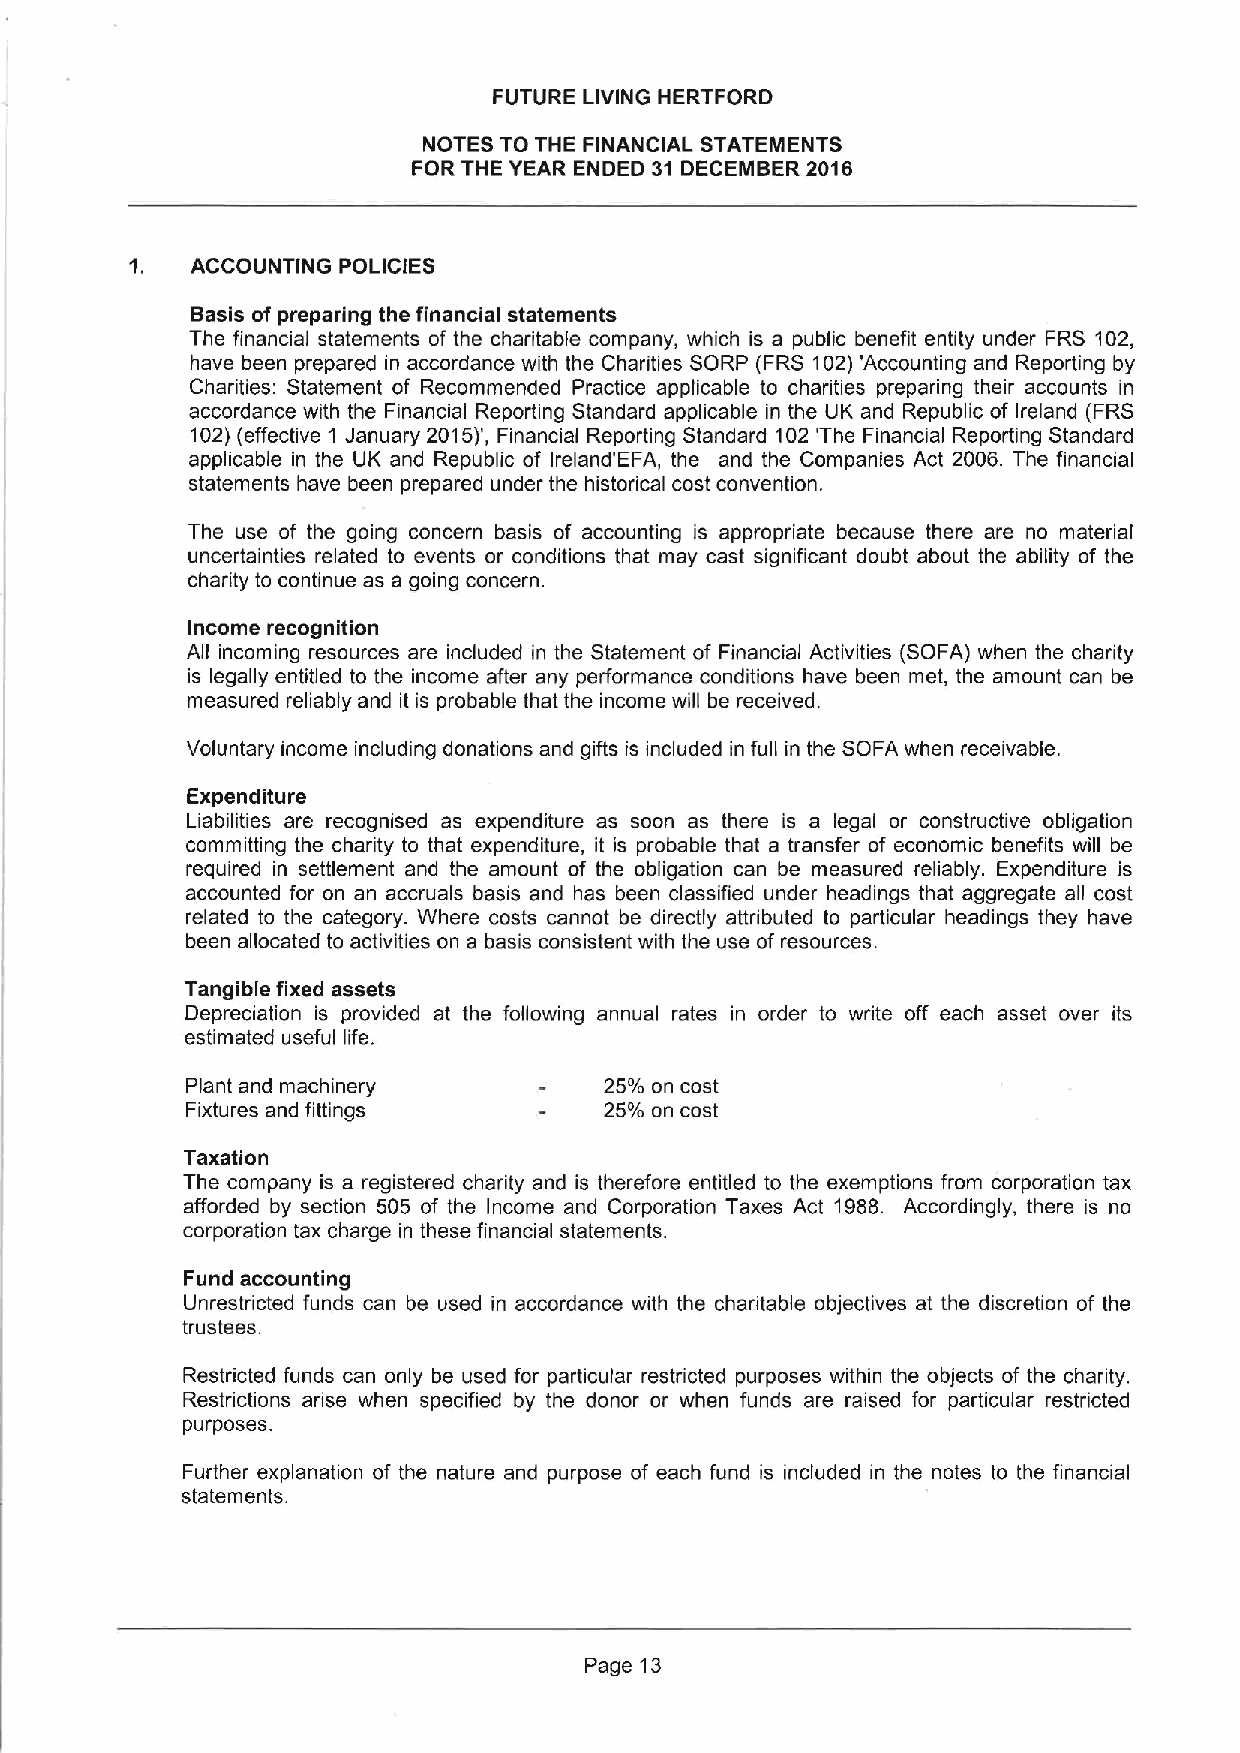
FUTURE LIVING HERTFORD
 NOTES TO THE FINANCIAL STATEMENTS
 FOR THE YEAR ENDED 31 DECEMBER 2016
 1.  ACCOUNTING POLICIES
 Basis of preparing the financial statements
 The financial statements of the charitable company, which is a public benefit entity under FRS 102,
 have been prepared in accordance with the Charities SORP (FRS 102)'Accounting and Reporting by
 Charities: Statement of Recommended Practice applicable to charities preparing their accounts in
 accordance with the Financial Reporting Standard applicable in the UK and Republic of Ireland (FRS
 102)(effective 1 January 2015)', Financial Reporting Standard 102 'The Financial Reporting Standard
 applicable in the UK and Republic of Ireland'EFA, the and the Companies Act 2006. The financial
 statements have been prepared under the historical cost convention.
 The use of the going concern basis of accounting is appropriate because there are no material
 uncertainties related to events or conditions that may cast significant doubt about the ability of the
 charity to continue as a going concern.
 Income recognition
 All incoming resources are included in the Statement of Financial Activities (SOFA) when the charity
 is legally entitled to the income after any performance conditions have been met, the amount can be
 measured reliably and it is probable that the income will be received.
 Voluntary income including donations and gifts is included in full in the SOFA when receivable.
 Expenditure
 Liabilities are recognised as expenditure as soon as there is a legal or constructive obligation
 committing the charity to that expenditure, it is probable that a transfer of economic benefits will be
 required in settlement and the amount of the obligation can be measured reliably. Expenditure is
 accounted for on an accruals basis and has been classified under headings that aggregate all cost
 related to the category. Where costs cannot be directly attributed to particular headings they have
 been allocated to activities on a basis consistent with the use of resources.
 Tangible fixed assets
 Depreciation is provided at the following annual rates in order to write off each asset over its
 estimated useful life.
 Plant and machinery         25'/o on cost
 Fixtures and fittings       25/o on cost
 Taxation
 The company is a registered charity and is therefore entitled to the exemptions from corporation tax
 afforded by section 505 of the Income and Corporation Taxes Act 1988. Accordingly, there is no
 corporation tax charge in these financial statements.
 Fund accounting
 Unrestricted funds can be used in accordance with the charitable objectives at the discretion of the
 trustees.
 Restricted funds can only be used for particular restricted purposes within the objects of the charity.
 Restrictions arise when specified by the donor or when funds are raised for particular restricted
 purposes.
 Further explanation of the nature and purpose of each fund is included in the notes to the financial
 statements.
 Page 13